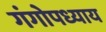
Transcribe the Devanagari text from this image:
गंगोपध्याय